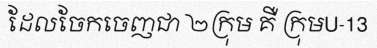
ដែលចែកចេញជា ២ក្រុម គឺ ក្រុមU-13